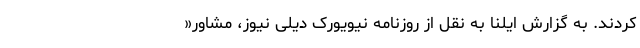
کردند. به گزارش ایلنا به نقل از روزنامه نیویورک دیلی نیوز، مشاور«